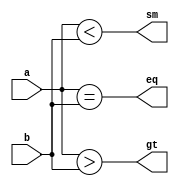
module camparator_dataflow(eq,gt,sm,a,b);

input [3:0]a,b;
output eq,gt,sm;

assign eq = (a == b);
assign gt = (a > b);
assign sm = (a < b);

endmodule